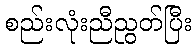
စည်းလုံးညီညွတ်ပြီး